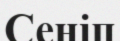
Сеніп